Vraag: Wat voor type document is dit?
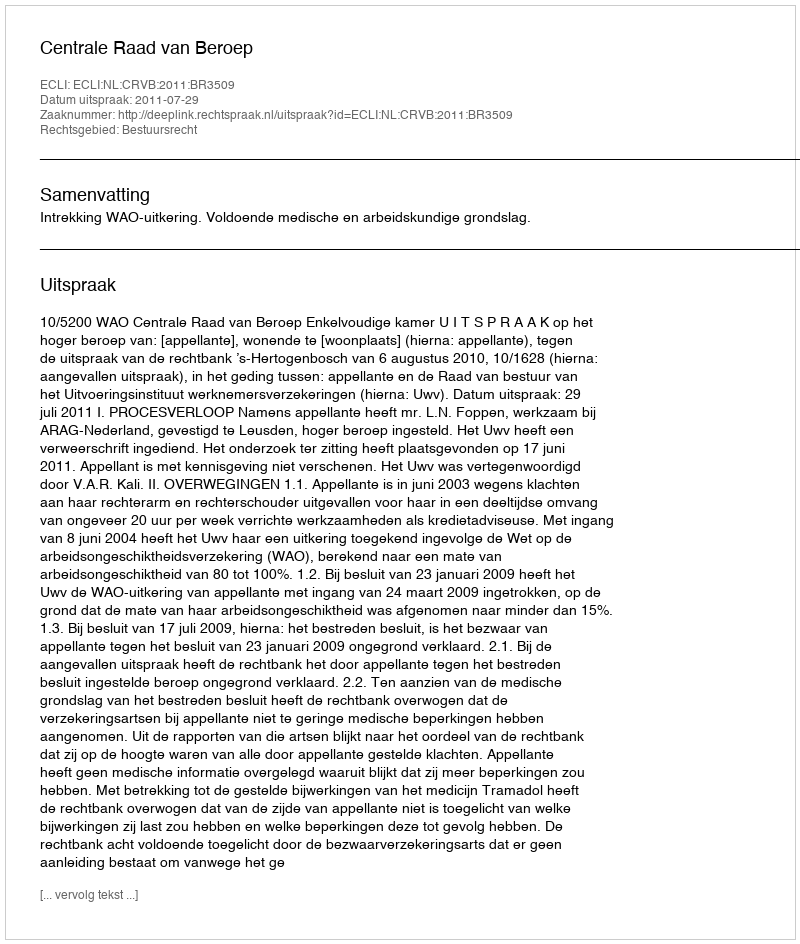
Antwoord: Uitspraak